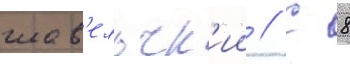
шав'ельск'ии // С 8